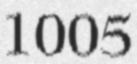
1005